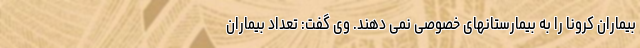
بیماران کرونا را به بیمارستانهای خصوصی نمی دهند. وی گفت: تعداد بیماران